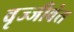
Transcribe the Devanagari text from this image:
वृज्जीवंत